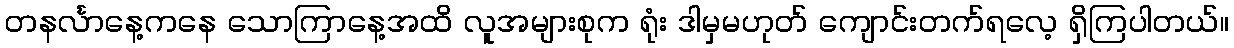
တနင်္လာနေ့ကနေ သောကြာနေ့အထိ လူအများစုက ရုံး ဒါမှမဟုတ် ကျောင်းတက်ရလေ့ ရှိကြပါတယ်။